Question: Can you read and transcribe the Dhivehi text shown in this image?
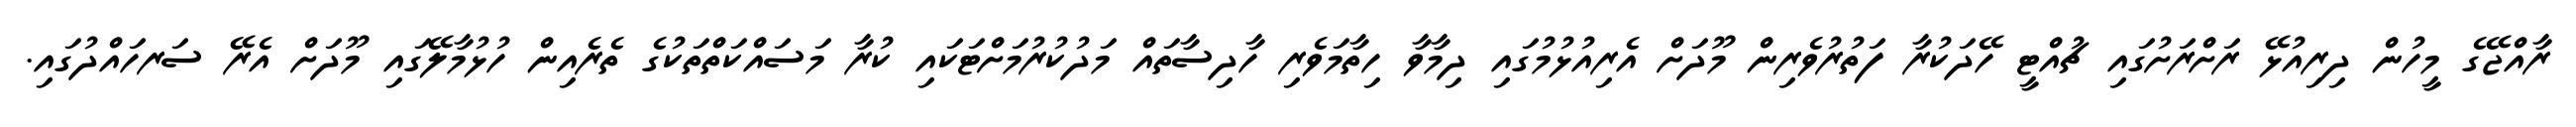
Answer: ރާއްޖޭގެ މީހުން ދިރިއުޅޭ ރަށްރަށުގައި ޗުއްޓީ ހޭދަކުރާ ފަތުރުވެރިން މޫދަށް އެރިއުޅުމުގައި ދިމާވާ ހިތާމަވެރި ހާދިސާތައް މަދުކުރުމަށްޓަކައި ކުރާ މަސައްކަތްތަކުގެ ތެރެއިން ހުޅުމާލޭގައި މޫދަށް އެރޭ ސަރހައްދުގައި.